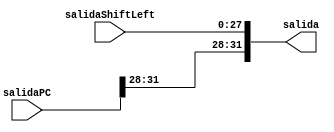
module Concatenador(
    input [27:0] salidaShiftLeft,
    input [31:0] salidaPC,
    output reg [31:0] salida
    );

	initial begin
		salida <= 32'b0;
	end

	always @ (*) begin
		salida <= {salidaPC[31:28], salidaShiftLeft};
	end

endmodule